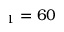
_ 1 = 6 0